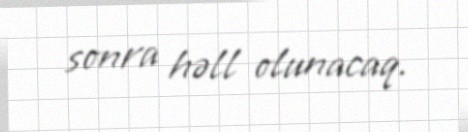
sonra həll olunacaq.